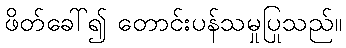
ဖိတ်ခေါ်၍ တောင်းပန်သမှုပြုသည်။